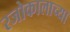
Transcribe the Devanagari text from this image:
रजोकालाच्या